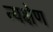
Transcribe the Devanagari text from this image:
न्यक्षेण